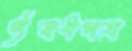
ঔষধপত্র